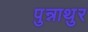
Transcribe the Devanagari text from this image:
पुन्नाथुर